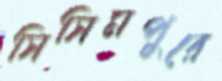
সিসিমপুরে